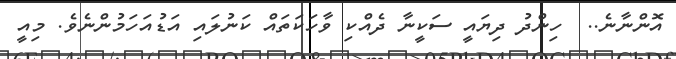
އޮންނާނެ..  ހިންދު ދިޔައީ ސަކީނާ ދެއްކި ވާހަކަތައް ކަނުލައި އަޑުއަހަމުންނެވެ. މިއީ